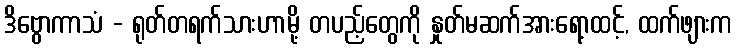
ဒိဗွောကာသံ - ရုတ်တရက်သားဟာမို့ တပည့်တွေကို နှုတ်မဆက်အားရော့ထင့်, ထက်ဖျားက